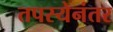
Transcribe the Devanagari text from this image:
तपस्येनंतर